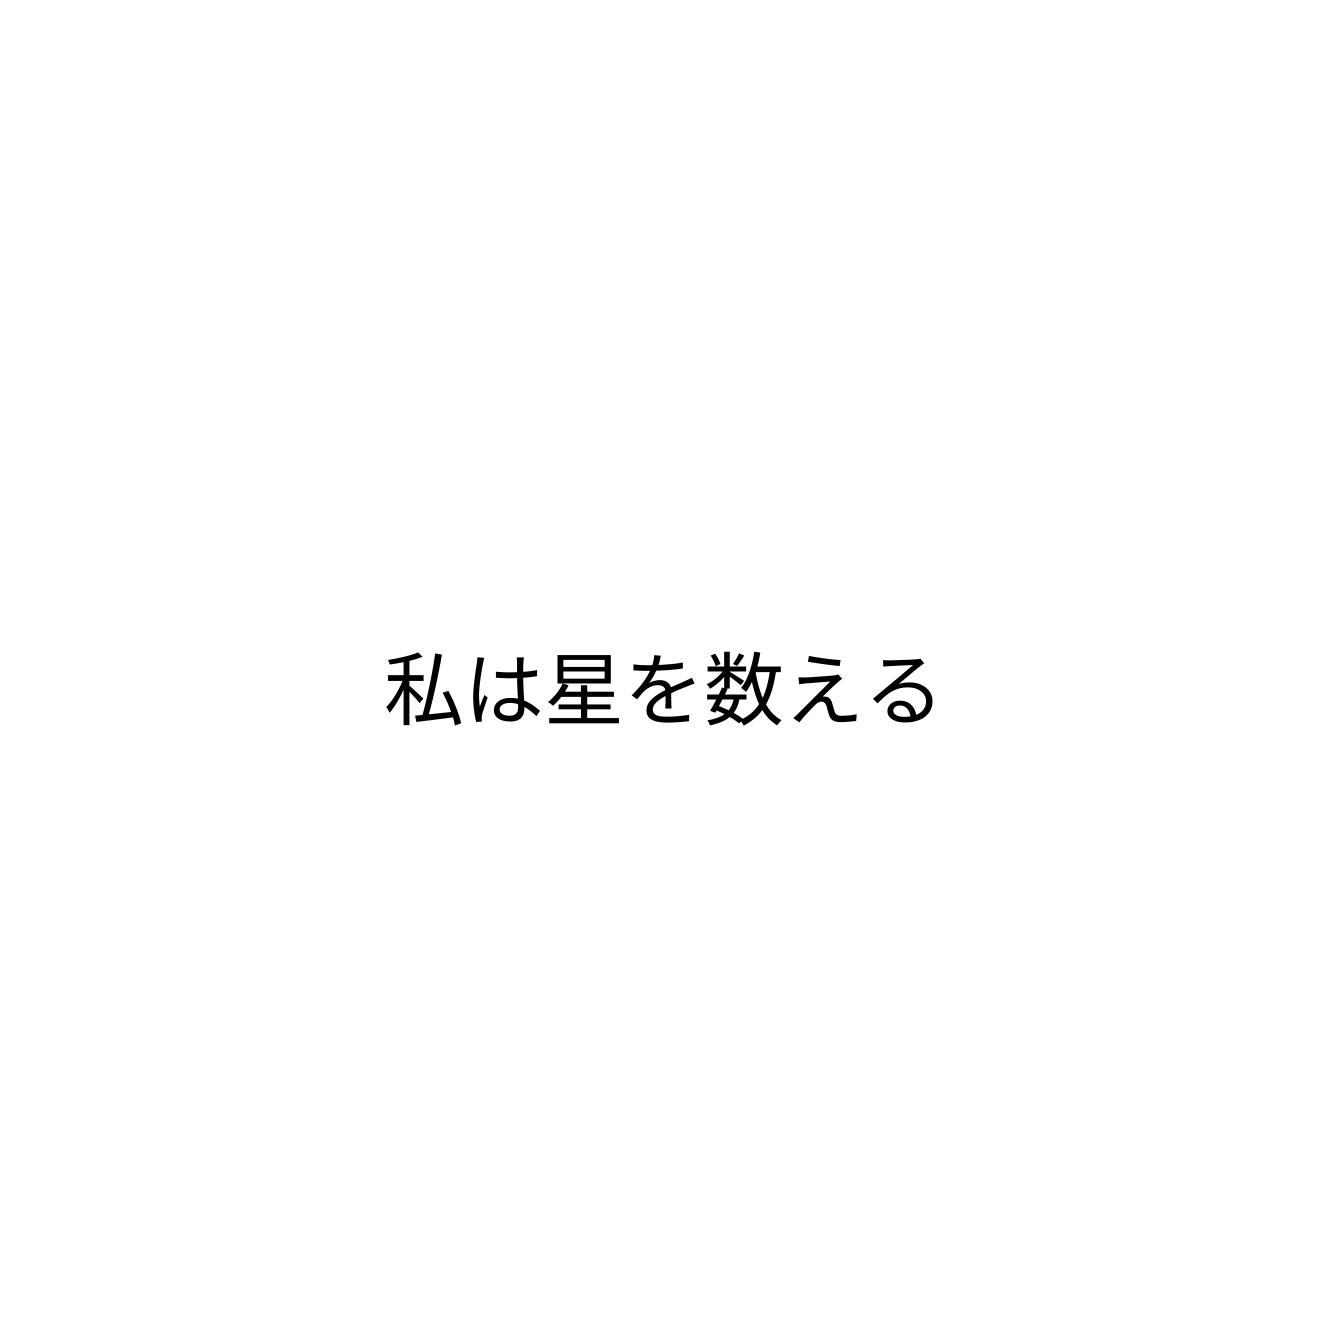
私は星を数える